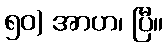
၅၀) အာဟ၊ ပြီ။